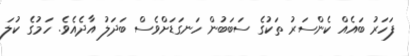
ފަހަރު ބައެއް ކެންސަރު ތަކުގެ ސަބަބުން ހަނގަޑަށްވެސް ބަދަލު އާދެއެވެ. ހަމުގެ ކުލަ